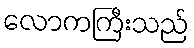
လောကကြီးသည်